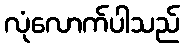
လုံလောက်ပါသည်